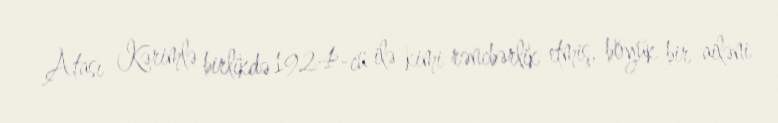
Atası Kərimlə birlikdə 1924-cü ilə kimi rəncbərlik etmiş, böyük bir ailəni